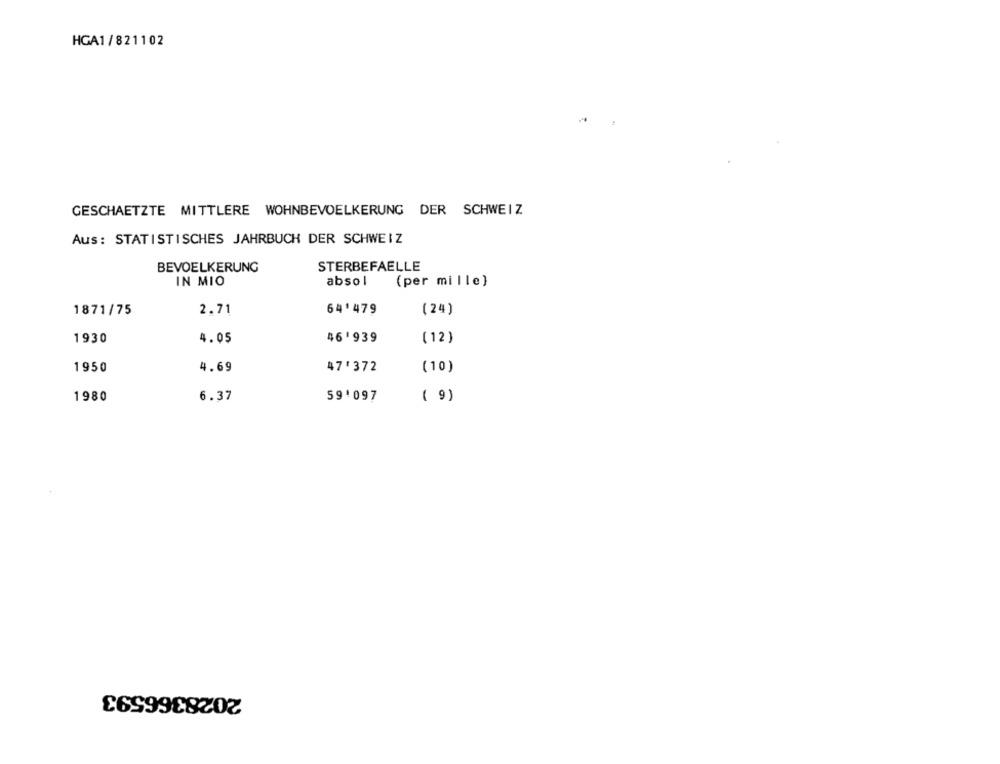
HGA1/821102
GESCHAETZTE MITTLERE WOHNBEVOELKERUNG DER SCHWEIZ
Aus: STATISTISCHES JAHRBUCH DER SCHWEIZ
STERBEFAELLE
BEVOELKERUNG
IN MIO
absol
(per mille}
1871/75
2.71
64'479
(24)
1930
4.05
46'939
(12)
1950
4.69
47'372
(10)
1980
6.37
59'097
( 9)
2028366593